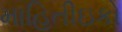
માહિતીઇકો